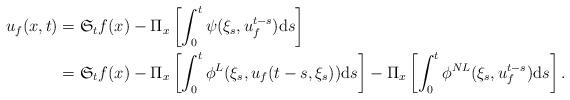
LaTeX: \begin{align*}u_{f}(x,t)&=\mathfrak{S}_{t}f(x)-\Pi_{x}\left[\int_{0}^{t}\psi(\xi_{s},u^{t-s}_{f}){\rm d}s\right]\\&=\mathfrak{S}_{t}f(x)-\Pi_{x}\left[\int_{0}^{t}\phi^{L}(\xi_{s},u_{f}(t-s,\xi_{s})){\rm d}s\right]-\Pi_{x}\left[\int_{0}^{t}\phi^{NL}(\xi_{s},u^{t-s}_{f}){\rm d}s\right].\end{align*}